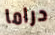
دراما